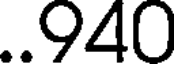
..940